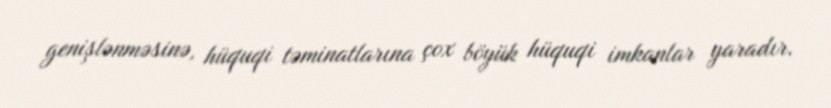
genişlənməsinə, hüquqi təminatlarına çox böyük hüquqi imkanlar yaradır.